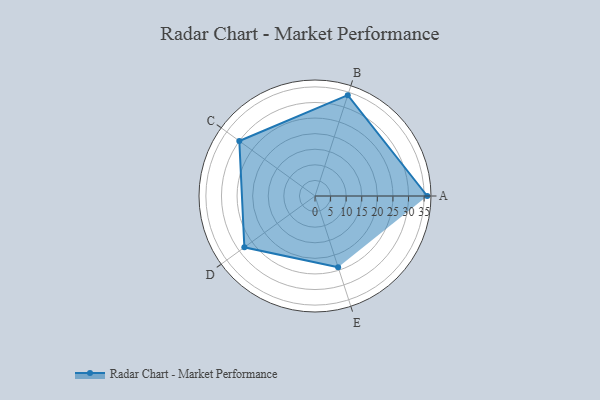
{"axis": {"x": "Skill", "y": "Score"}, "legend": ["Profile"], "data": [{"x": "A", "y": 36.0, "type": "Profile"}, {"x": "B", "y": 34.0, "type": "Profile"}, {"x": "C", "y": 30.0, "type": "Profile"}, {"x": "D", "y": 28.0, "type": "Profile"}, {"x": "E", "y": 24.0, "type": "Profile"}]}